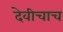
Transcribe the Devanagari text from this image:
देवीचाच